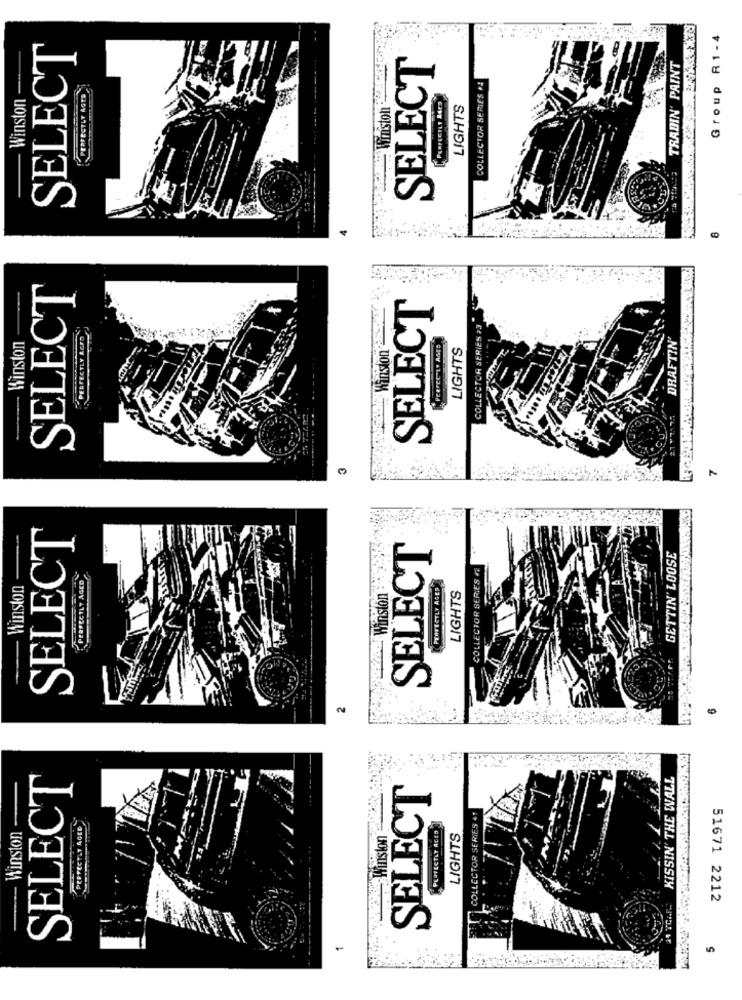
Group R1-4
SELECT
SELECT
Winston --
TRADIN' PAINT
PERFECTLY AGED
COLLECTOR SERIES *4
Winston
LIGHTS
SELECT
SELECT
Winston
COLLECTOR SERIES >3
DRAFTIN'
....... Winston
LIGHTS
7
SELECT
SELECT
GETTIN' LOOSE
COLLECTOR SERIES
PERFECTLY AGED
Winston
POZ .- Winston
PERFECTLY ASED
LIGHTS
6
SELECT
KISSIN' THE WALL
SELECT
COLLECTOR SERIES +1
PERFECTLY AGED
PERFECTLY ACED
-Winston
-Winston
LIGHTS
51671 2212
-